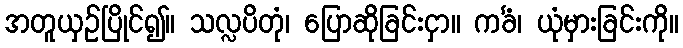
အတူယှဉ်ပြိုင်၍။ သလ္လပိတုံ၊ ပြောဆိုခြင်းငှာ။ ကင်္ခံ၊ ယုံမှားခြင်းကို။